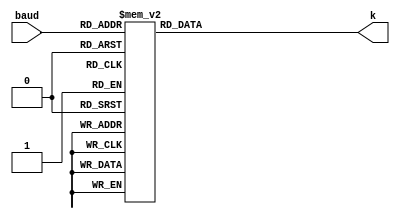
`timescale 1ns / 1ps
////////////////////////////////////////////////////////////////////////////////////
// This document contains information prorietary to the CSULB student that created
// the file -  any reuse without adequate approval and documentation is prohibited
//
// Project: Project 4 FullUART with the Tramelblaze
// Created by <Aaron Mai> on <November 11, 2020>
// Copright @ 2020 <Aaron Mai>. All rights reserved
//
//In submitting this file for class work at CSULB I am confirming 
// that this is my work product.  In the event other code sources are
// utilized I will document that code identifying the author. In  
// submitting this work I acknowledge that plagiarism in student  
// project work is subject to dismissal from the class.

/////////////////////////////////////////////////////////////////////////////////// 



module baud_decoder(baud, k);

input [3:0] baud;
output reg [18:0] k;


   always@(*)
    begin
      case (baud)
       
         4'b0000: k = 19'd333333;
         4'b0001: k = 19'd83333;
         4'b0010: k = 19'd41667;
         4'b0011: k = 19'd20833;
         4'b0100: k = 19'd10417;
         4'b0101: k = 19'd5208;
         4'b0110: k = 19'd2604;
         4'b0111: k = 19'd1736;
         4'b1000: k = 19'd868;
         4'b1001: k = 19'd434;
         4'b1010: k = 19'd217;
         4'b1011: k = 19'd109;
         default: k = 19'd333333;
      endcase
    end
endmodule